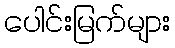
ပေါင်းမြက်များ